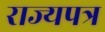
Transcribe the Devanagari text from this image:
राज्यपत्र